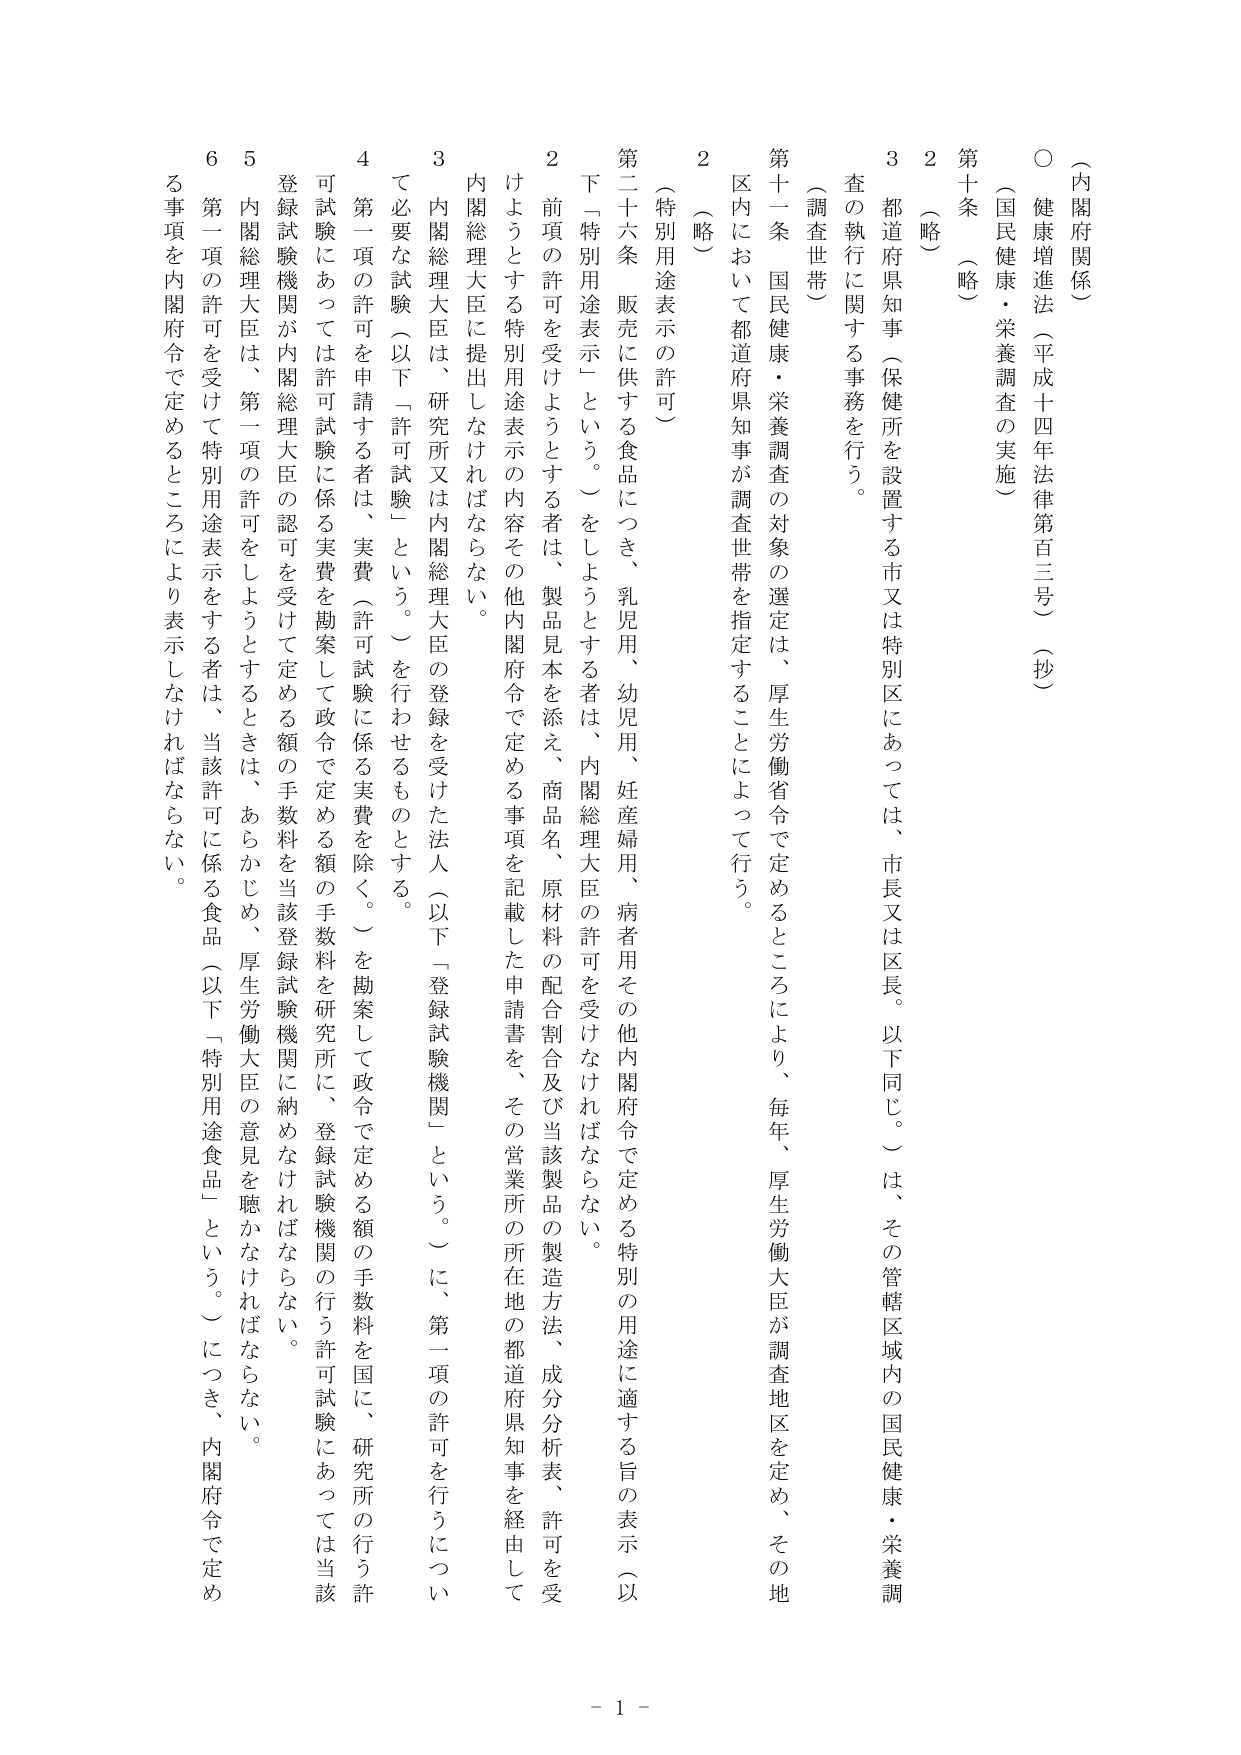
（内閣府関係）

○ 健康増進法（平成十四年法律第百三号）（抄）

（国民健康・栄養調査の実施）

第十条 （略）

２ （略）

３ 都道府県知事（保健所を設置する市又は特別区にあっては、市長又は区長。以下同じ。）は、その管轄区域内の国民健康・栄養調査の執行に関する事務を行う。

（調査世帯）

第十一条 国民健康・栄養調査の対象の選定は、厚生労働省令で定めるところにより、毎年、厚生労働大臣が調査地区を定め、その地区内において都道府県知事が調査世帯を指定することによって行う。

２ （略）

（特別用途表示の許可）

第二十六条 販売に供する食品につき、乳児用、幼児用、妊産婦用、病者用その他内閣府令で定める特別の用途に適する旨の表示（以下「特別用途表示」という。）をしようとする者は、内閣総理大臣の許可を受けなければならない。

２ 前項の許可を受けようとする者は、製品見本を添え、商品名、原材料の配合割合及び当該製品の製造方法、成分分析表、許可を受けようとする特別用途表示の内容その他内閣府令で定める事項を記載した申請書を、その営業所の所在地の都道府県知事を経由して内閣総理大臣に提出しなければならない。

３ 内閣総理大臣は、研究所又は内閣総理大臣の登録を受けた法人（以下「登録試験機関」という。）に、第一項の許可を行うについて必要な試験（以下「許可試験」という。）を行わせるものとする。

４ 第一項の許可を申請する者は、実費（許可試験に係る実費を除く。）を勘案して政令で定める額の手数料を国に、研究所の行う許可試験にあっては許可試験に係る実費を勘案して政令で定める額の手数料を当該登録試験機関に納めなければならない。

５ 登録試験機関が内閣総理大臣の認可を受けて定める額の手数料を当該登録試験機関に納めなければならない。

６ 内閣総理大臣は、第一項の許可をしようとするときは、あらかじめ、厚生労働大臣の意見を聴かなければならない。

第一項の許可を受けて特別用途表示をする者は、当該許可に係る食品（以下「特別用途食品」という。）につき、内閣府令で定める事項を内閣府令で定めるところにより表示しなければならない。

- 1 -